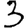
Digit: 3